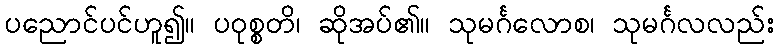
ပညောင်ပင်ဟူ၍။ ပဝုစ္စတိ၊ ဆိုအပ်၏။ သုမင်္ဂလောစ၊ သုမင်္ဂလလည်း